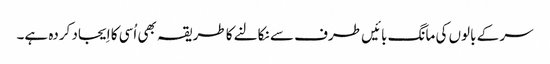
سر کے بالوں کی مانگ بائیں طرف سے نکالنے کا طریقہ بھی اُسی کا اِیجاد کردہ ہے۔